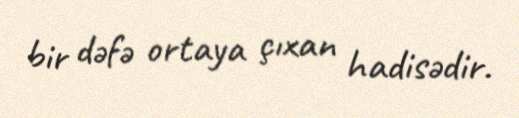
bir dəfə ortaya çıxan hadisədir.